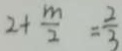
2 + \frac { m } { 2 } = \frac { 2 } { 3 }